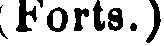
(Forts.)